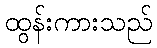
ထွန်းကားသည်